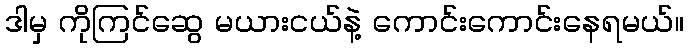
ဒါမှ ကိုကြင်ဆွေ မယားငယ်နဲ့ ကောင်းကောင်းနေရမယ်။